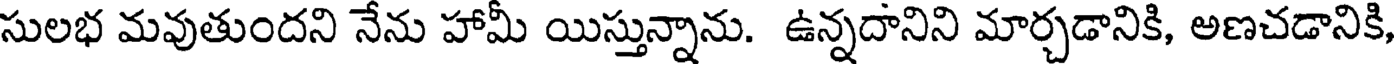
సులభ మవుతుందని నేను హామీ యిస్తున్నాను. ఉన్నదానిని మార్చడానికి, అణచడానికి,